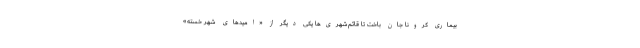
بیماری کرونا جان باخت تا قائم‌شهری‌ها یکی دیگر از «امیدهای شهر خسته»